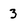
Character: 3